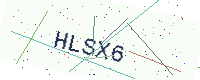
Text: HLSX6